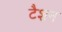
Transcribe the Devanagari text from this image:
टैशन